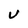
Character: U